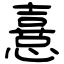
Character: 憙